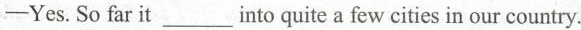
-Yes.So far it___into quite few cities in our country.